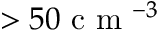
> 5 0 \mathrm { ~ c ~ m ~ } ^ { - 3 }